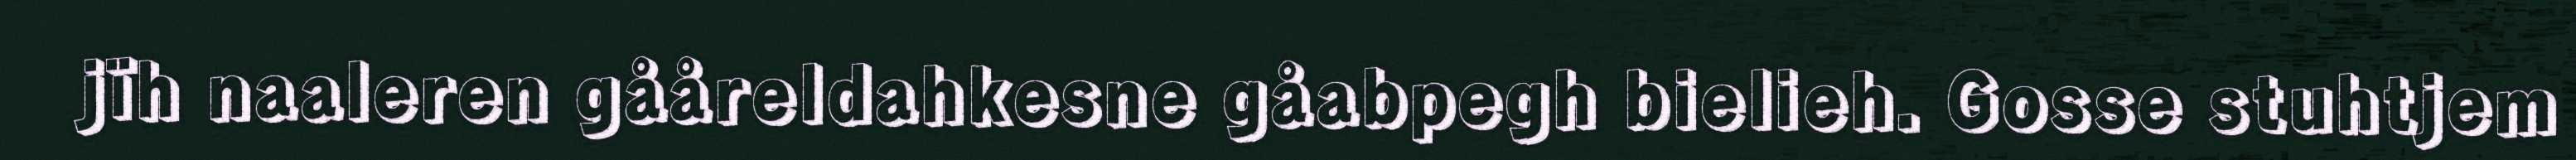
jïh naaleren gååreldahkesne gåabpegh bielieh. Gosse stuhtjem